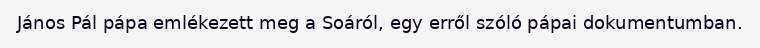
János Pál pápa emlékezett meg a Soáról, egy erről szóló pápai dokumentumban.